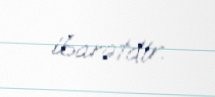
ibarətdir.